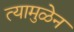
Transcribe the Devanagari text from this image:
त्यामुळेन